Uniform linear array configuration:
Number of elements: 4
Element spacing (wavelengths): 0.5
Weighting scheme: hamming
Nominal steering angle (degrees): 30
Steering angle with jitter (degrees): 29.342
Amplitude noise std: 0.05
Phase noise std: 0.05

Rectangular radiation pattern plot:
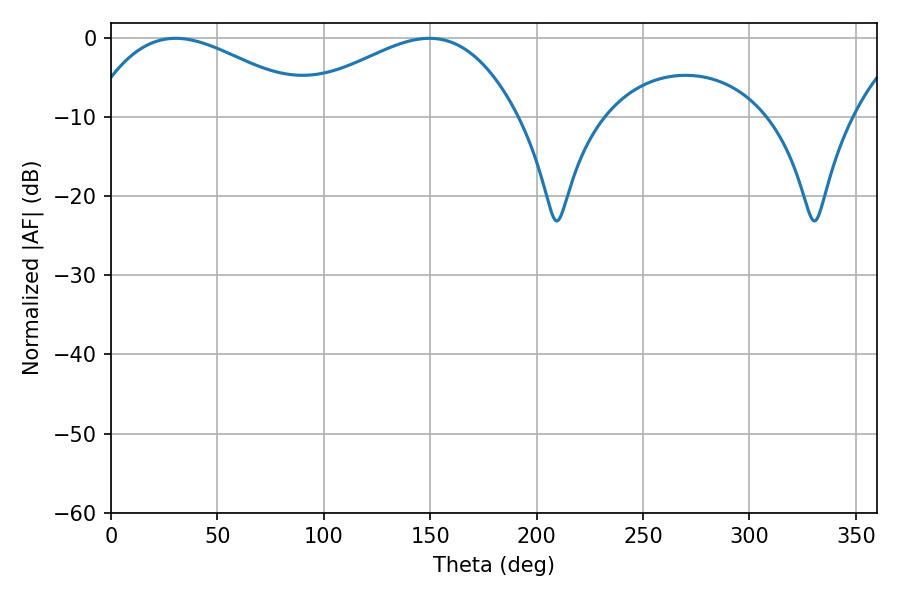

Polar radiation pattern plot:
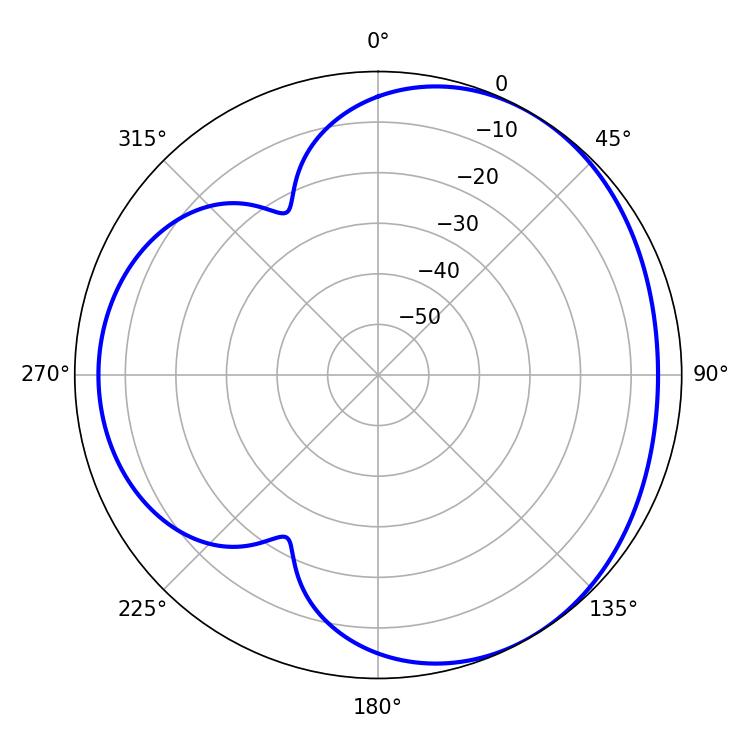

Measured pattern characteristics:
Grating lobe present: FALSE
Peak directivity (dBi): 3.566
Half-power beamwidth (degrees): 58.32
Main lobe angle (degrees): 30.42